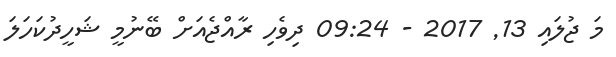
މަ ޖުލައި 13